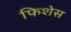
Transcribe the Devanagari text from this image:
फिशेस